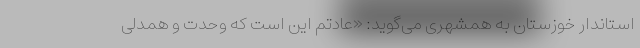
استاندار خوزستان به همشهری می‌گوید: «عادتم این است که وحدت و همدلی